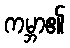
ကမ္ဘာ၏